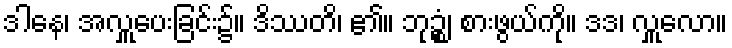
ဒါနေ၊ အလှူပေးခြင်း၌။ ဒိဿတိ၊ ၏။ ဘုဉ္စံ၊ စားဖွယ်ကို။ ဒဒ၊ လှူလော။